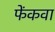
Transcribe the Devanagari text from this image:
फेंकवा